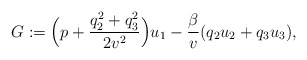
\begin{align*}G:=\Big(p+\frac{q_2^2+q_3^2}{2v^2}\Big)u_1-\frac{\beta}{v}(q_2u_2+q_3u_3),\end{align*}